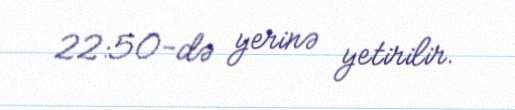
22:50-də yerinə yetirilir.